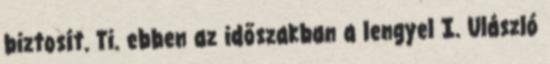
biztosít. Ti. ebben az időszakban a lengyel I. Ulászló